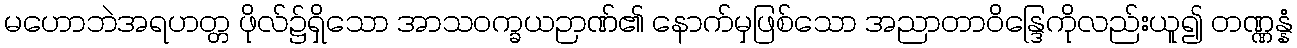
မဟောဘဲအရဟတ္တ ဖိုလ်၌ရှိသော အာသဝက္ခယဉာဏ်၏ နောက်မှဖြစ်သော အညာတာဝိန္ဒြေကိုလည်းယူ၍ တဏ္ဏန္နံ